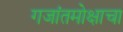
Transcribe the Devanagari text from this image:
गजांतमोक्षाचा